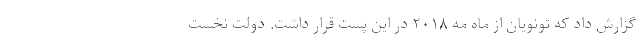
گزارش داد که تونویان از ماه مه ۲۰۱۸ در این پست قرار داشت. دولت نخست